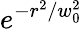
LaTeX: e^{-r^{2}/w_{0}^{2}}